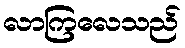
လာကြလေသည်